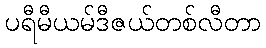
ပရီမီယမ်ဒီဇယ်တစ်လီတာ